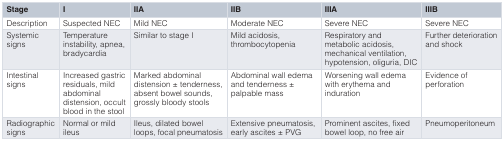
<table><thead><tr><td><b>Stage</b></td><td><b>I</b></td><td><b>IIA</b></td><td><b>IIB</b></td><td><b>IIIA</b></td><td><b>IIIB</b></td></tr></thead><tbody><tr><td>Description</td><td>Suspected NEC</td><td>Mild NEC</td><td>Moderate NEC</td><td>Severe NEC</td><td>Severe NEC</td></tr><tr><td>Systemicsigns</td><td>Temperatureinstability, apnea,bradycardia</td><td>Similar to stage I</td><td>Mild acidosis,thrombocytopenia</td><td>Respiratory andmetabolic acidosis,mechanical ventilation,hypotension, oliguria, DIC</td><td>Further deteriorationand shock</td></tr><tr><td>Intestinalsigns</td><td>Increased gastricresiduals, mildabdominaldistension, occultblood in the stool</td><td>Marked abdominaldistension ± tenderness,absent bowel sounds,grossly bloody stools</td><td>Abdominal wall edemaand tenderness ±palpable mass</td><td>Worsening wall edemawith erythema andinduration</td><td>Evidence ofperforation</td></tr><tr><td>Radiographicsigns</td><td>Normal or mildileus</td><td>Ileus, dilated bowelloops, focal pneumatosis</td><td>Extensive pneumatosis,early ascites ± PVG</td><td>Prominent ascites, fixedbowel loop, no free air</td><td>Pneumoperitoneum</td></tr></tbody></table>